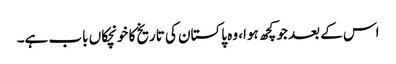
اس کے بعد جو کچھ ہوا، وہ پاکستان کی تاریخ کا خونچکاں باب ہے۔